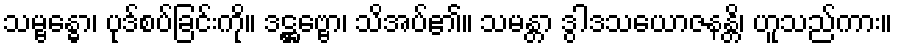
သမ္ဗန္ဓော၊ ပုဒ်စပ်ခြင်းကို။ ဒဋ္ဌဗ္ဗော၊ သိအပ်၏။ သမန္တာ ဒွါဒသယောဇနန္တိ၊ ဟူသည်ကား။